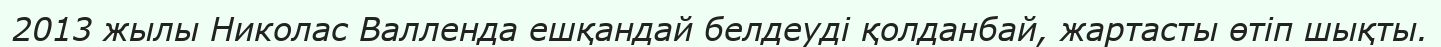
2013 жылы Николас Валленда ешқандай белдеуді қолданбай, жартасты өтіп шықты.